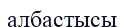
албастысы